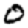
Digit: 0